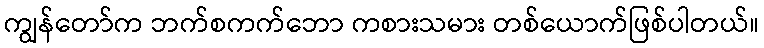
ကျွန်တော်က ဘက်စကက်ဘော ကစားသမား တစ်ယောက်ဖြစ်ပါတယ်။